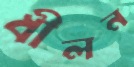
ধীলন